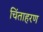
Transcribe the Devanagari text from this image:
चिंताहरण